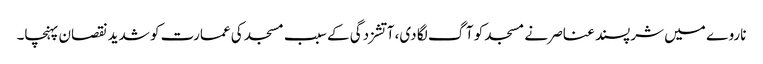
ناروے میں شرپسند عناصر نے مسجد کو آگ لگا دی، آتشزدگی کے سبب مسجد کی عمارت کو شدید نقصان پہنچا۔